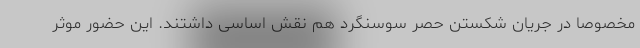
مخصوصا در جریان شکستن حصر سوسنگرد هم نقش اساسی داشتند. این حضور موثر